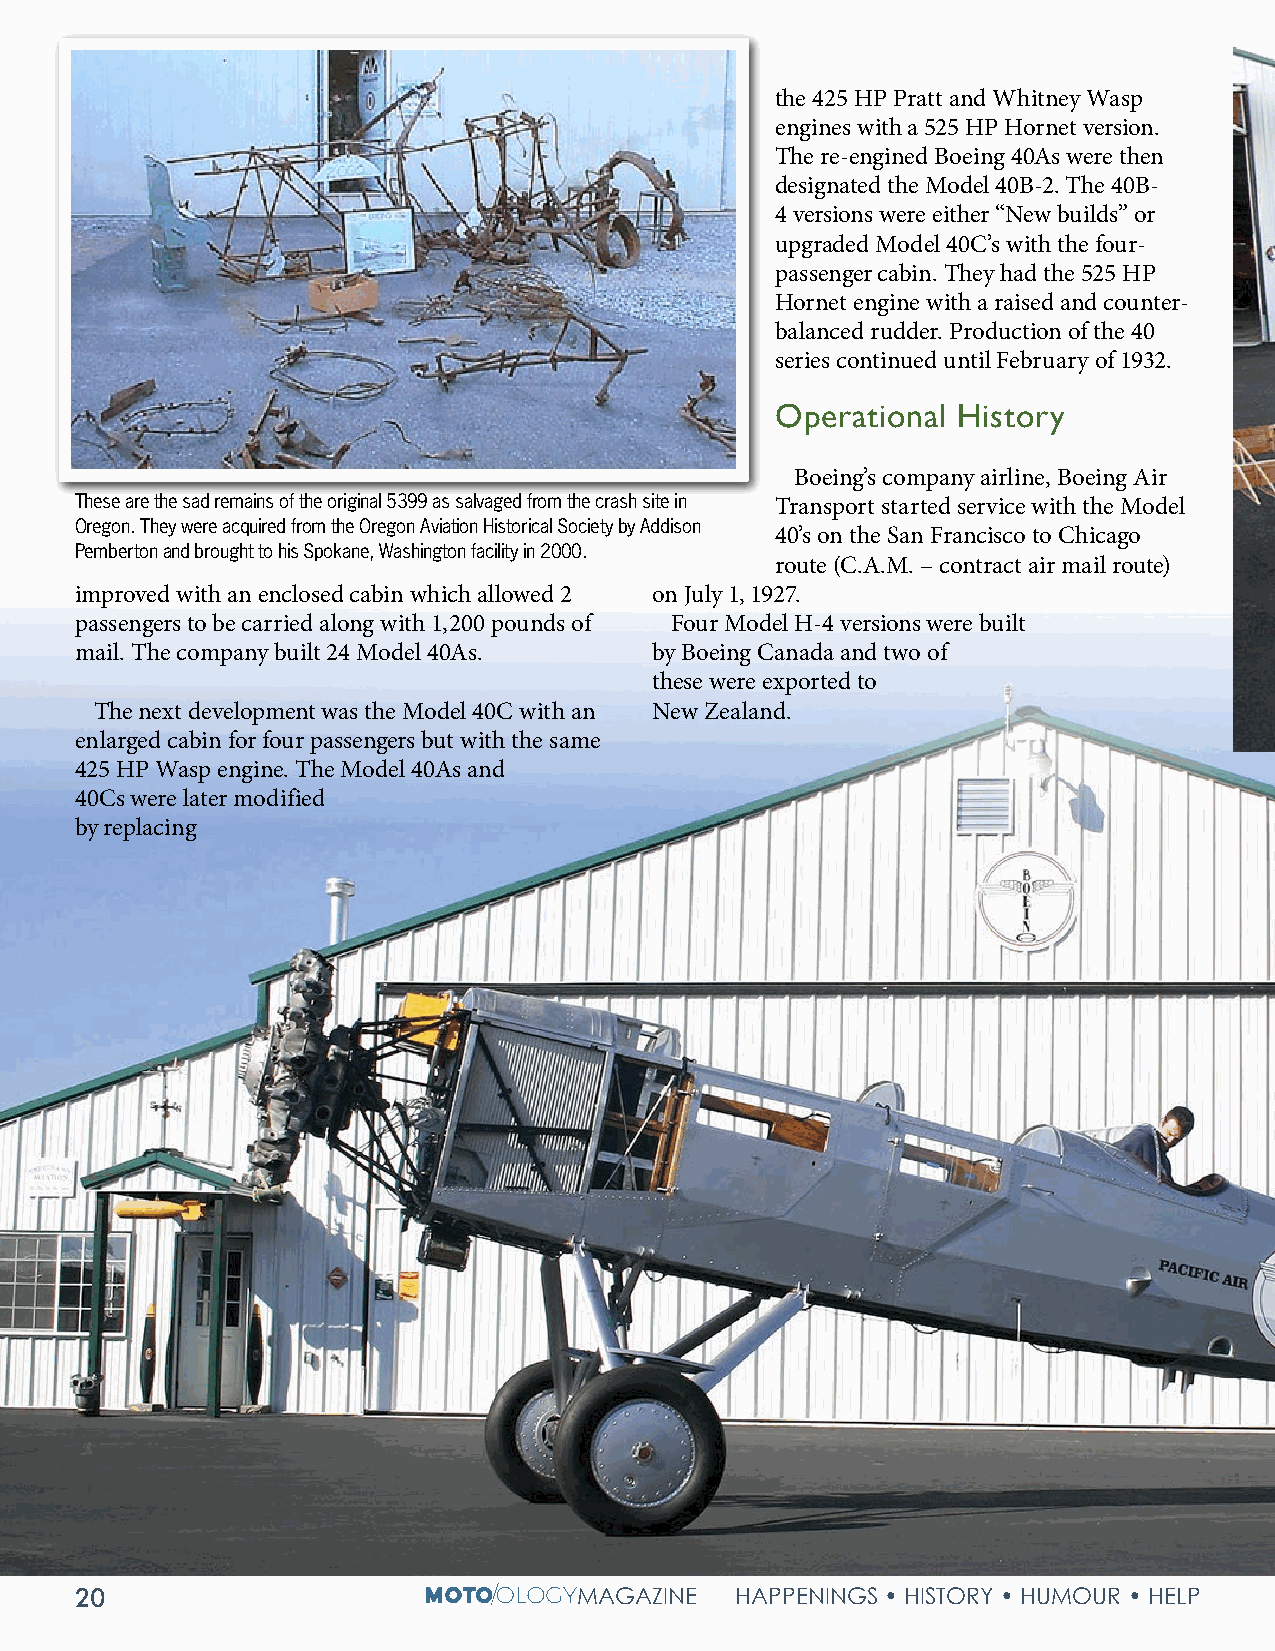
the 425 HP Pratt and Whitney Wasp
 engines with a 525 HP Hornet version.
 The re-engined Boeing 40As were then
 designated the Model 40B-2. The 40B-
 4 versions were either “New builds” or
 upgraded Model 40C’s with the four-
 passenger cabin. They had the 525 HP
 Hornet engine with a raised and counter-
 balanced rudder. Production of the 40
 series continued until February of 1932.
 Operational History
 Boeing’s company airline, Boeing Air
 These are the sad remains of the original 5399 as salvaged from the crash site in Transport started service with the Model
 Oregon. They were acquired from the Oregon Aviation Historical Society by Addison
 40’s on the San Francisco to Chicago
 Pemberton and brought to his Spokane, Washington facility in 2000.
 route (C.A.M. – contract air mail route)
 improved with an enclosed cabin which allowed 2 on July 1, 1927.
 passengers to be carried along with 1,200 pounds of Four Model H-4 versions were built
 mail. The company built 24 Model 40As. by Boeing Canada and two of
 these were exported to
 The next development was the Model 40C with an New Zealand.
 enlarged cabin for four passengers but with the same
 425 HP Wasp engine. The Model 40As and
 40Cs were later modified
 by replacing
 20                               MAGAZINE   HAPPENINGS • HISTORY • HUMOUR • HELP